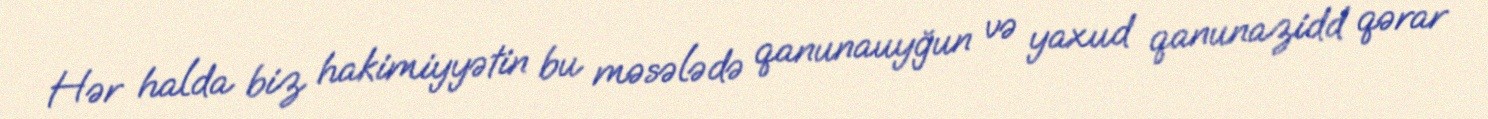
Hər halda biz hakimiyyətin bu məsələdə qanunauyğun və yaxud qanunazidd qərar